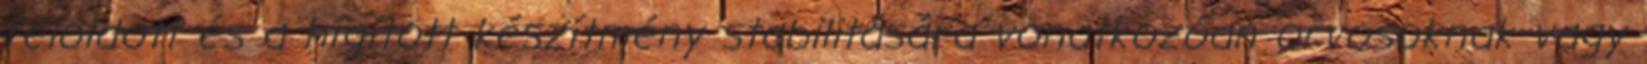
feloldott és a hígított készítmény stabilitására vonatkozóan orvosoknak vagy